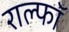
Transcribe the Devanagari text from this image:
राल्फॉ